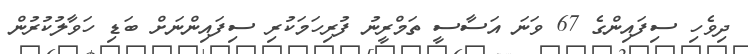
ދިވެހި ސިފައިންގެ 67 ވަނަ އަސާސީ ތަމްރީނު ފުރިހަމަކުރި ސިފައިންނަށް ބަޑި ހަވާލުކުރުން